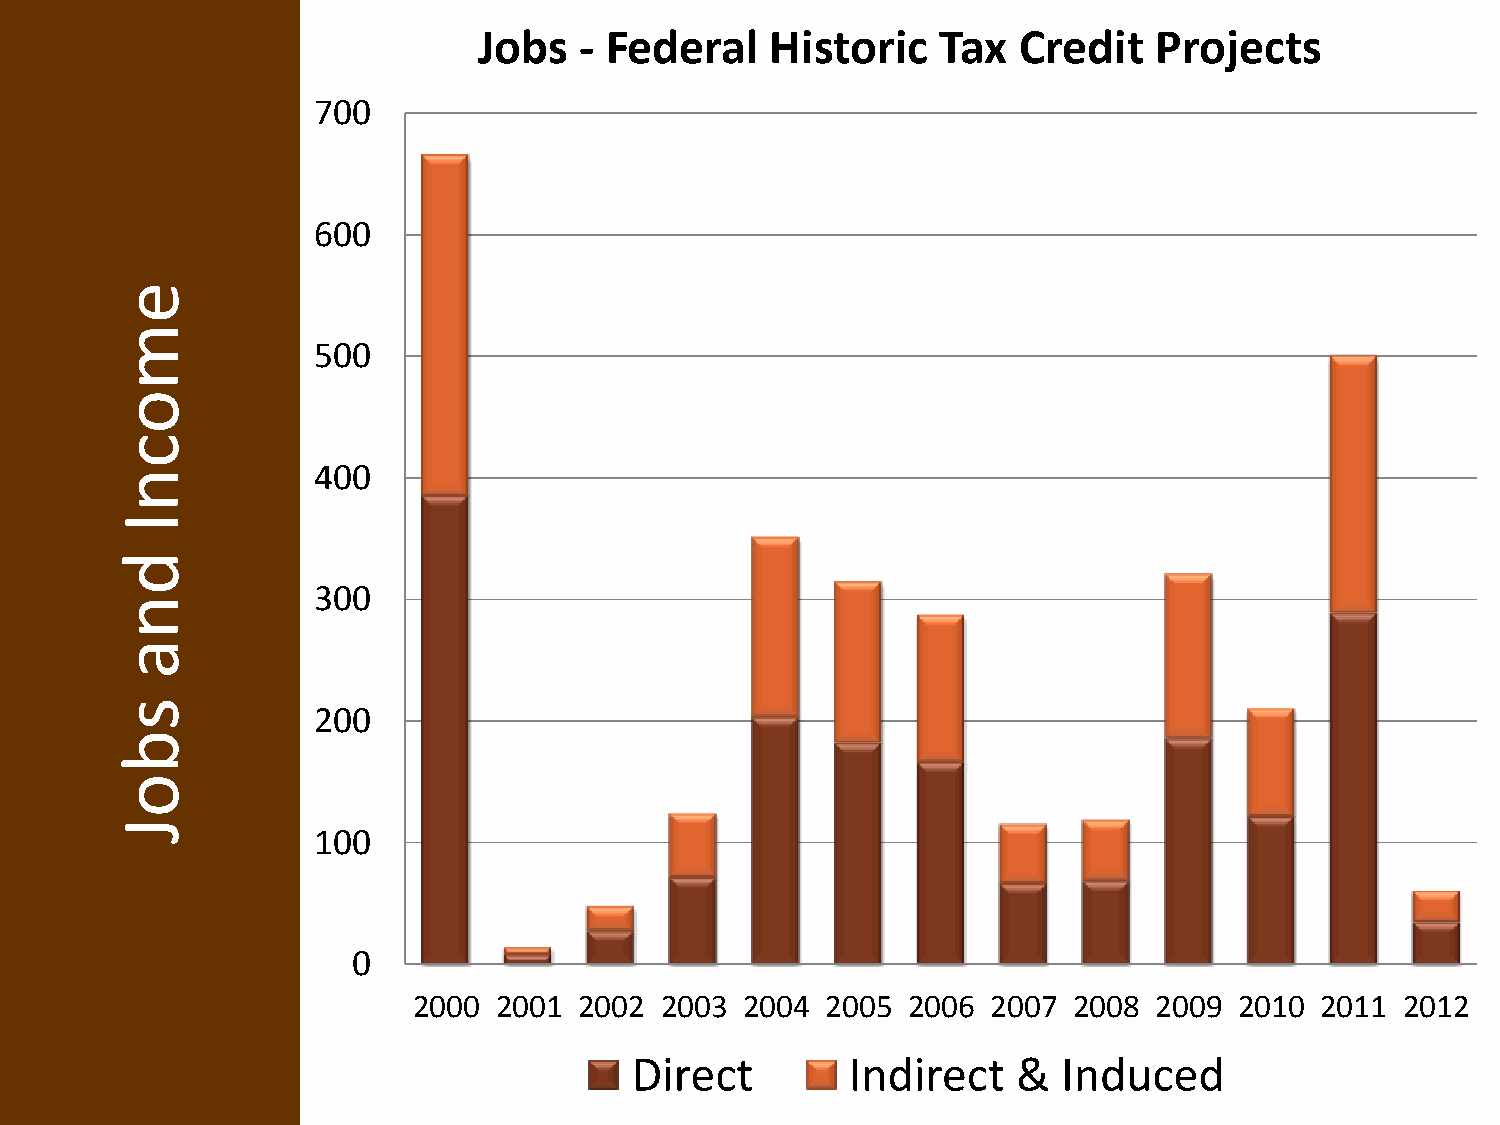
Jobs  - Federal    Historic   Tax  Credit   Projects
 700
 600
 e
 m
 500
 o
 c
 400
 n
 I
 d
 300
 n
 a
 s
 200
 b
 o
 J
 100
 0
 2000  2001 2002  2003 2004  2005 2006  2007 2008 2009  2010 2011  2012
 Direct        Indirect   &  Induced